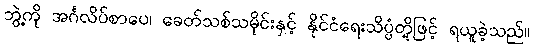
ဘွဲ့ကို အင်္ဂလိပ်စာပေ၊ ခေတ်သစ်သမိုင်းနှင့် နိုင်ငံရေးသိပ္ပံတို့ဖြင့် ရယူခဲ့သည်။